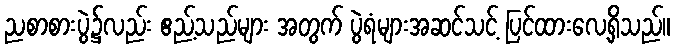
ညစာစားပွဲ၌လည်း ဧည့်သည်များ အတွက် ပွဲရံများအဆင်သင့် ပြင်ထားလေ့ရှိသည်။